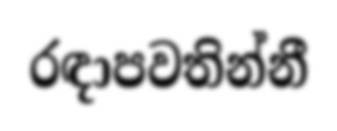
රඳාපවතින්නී